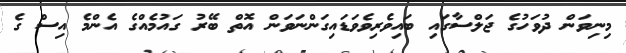
މިނިވަން ދުވަހުގެ ޖަލްސާގައި ބައިވެރިވެވަޑައިގަންނަވަން އޮތް ބޭރު ގައުމެއްގެ އެންމެ އިސް ގެ